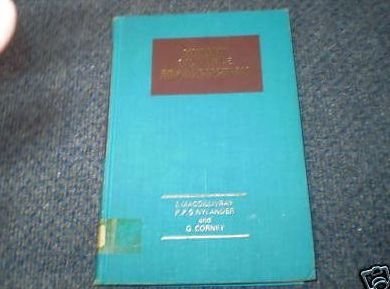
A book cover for Human Multiple Reproduction; Ian K. MacGillivray; Parenting & Relationships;